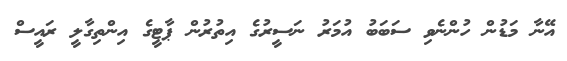
އޭނާ މަޑުން ހުންނެވި ސަބަބު އުމަރު ނަސީރުގެ އިތުރުން ޕާޓީގެ އިންތިގާލީ ރައީސް